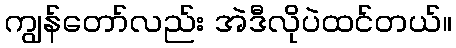
ကျွန်တော်လည်း အဲဒီလိုပဲထင်တယ်။